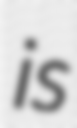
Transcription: is